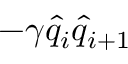
- \gamma \hat { q } _ { i } \hat { q } _ { i + 1 }